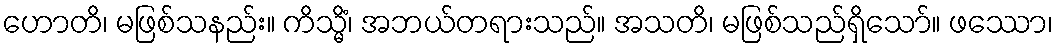
ဟောတိ၊ မဖြစ်သနည်း။ ကိသ္မိံ၊ အဘယ်တရားသည်။ အသတိ၊ မဖြစ်သည်ရှိသော်။ ဖဿော၊